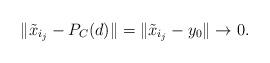
LaTeX: \begin{align*}\|\tilde{x}_{i_{j}}-P_{C}(d)\|=\|\tilde{x}_{i_{j}}-y_{0}\|\to0.\end{align*}